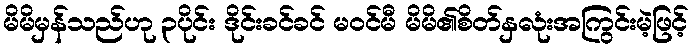
မိမိမှန်သည်ဟု ၃ပိုင်း ဒိုင်းခင်ခင် မဝင်မီ မိမိ၏စိတ်နှလုံးအကြွင်းမဲ့ဖြင့်